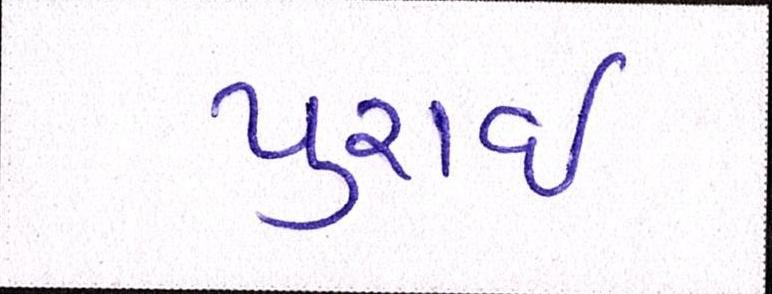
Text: પુરાઈ